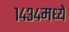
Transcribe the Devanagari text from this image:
१४३४मध्ये